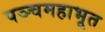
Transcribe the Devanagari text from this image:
पञ्चमहाभूत